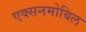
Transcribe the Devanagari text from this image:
एक्सनमोबिल